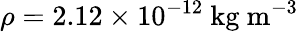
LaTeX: \rho=2.12\times 10^{-12}\ \mathrm{kg\ m^{-3}}